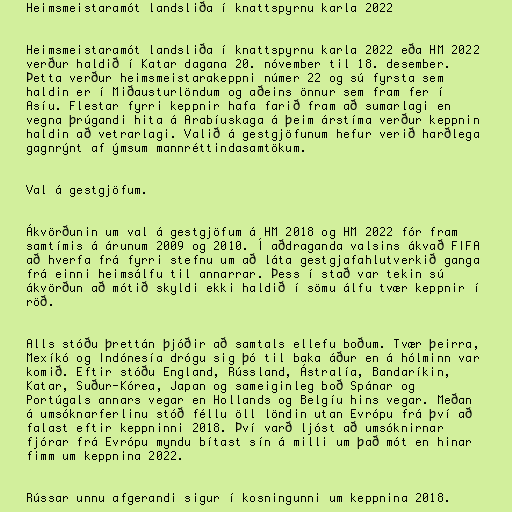
Heimsmeistaramót landsliða í knattspyrnu karla 2022

Heimsmeistaramót landsliða í knattspyrnu karla 2022 eða HM 2022
verður haldið í Katar dagana 20. nóvember til 18. desember.
Þetta verður heimsmeistarakeppni númer 22 og sú fyrsta sem
haldin er í Miðausturlöndum og aðeins önnur sem fram fer í
Asíu. Flestar fyrri keppnir hafa farið fram að sumarlagi en
vegna þrúgandi hita á Arabíuskaga á þeim árstíma verður keppnin
haldin að vetrarlagi. Valið á gestgjöfunum hefur verið harðlega
gagnrýnt af ýmsum mannréttindasamtökum.

Val á gestgjöfum.

Ákvörðunin um val á gestgjöfum á HM 2018 og HM 2022 fór fram
samtímis á árunum 2009 og 2010. Í aðdraganda valsins ákvað FIFA
að hverfa frá fyrri stefnu um að láta gestgjafahlutverkið ganga
frá einni heimsálfu til annarrar. Þess í stað var tekin sú
ákvörðun að mótið skyldi ekki haldið í sömu álfu tvær keppnir í
röð.

Alls stóðu þrettán þjóðir að samtals ellefu boðum. Tvær þeirra,
Mexíkó og Indónesía drógu sig þó til baka áður en á hólminn var
komið. Eftir stóðu England, Rússland, Ástralía, Bandaríkin,
Katar, Suður-Kórea, Japan og sameiginleg boð Spánar og
Portúgals annars vegar en Hollands og Belgíu hins vegar. Meðan
á umsóknarferlinu stóð féllu öll löndin utan Evrópu frá því að
falast eftir keppninni 2018. Því varð ljóst að umsóknirnar
fjórar frá Evrópu myndu bítast sín á milli um það mót en hinar
fimm um keppnina 2022.

Rússar unnu afgerandi sigur í kosningunni um keppnina 2018.